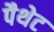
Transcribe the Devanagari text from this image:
पैथेट